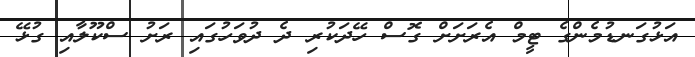
އަޅުގަނޑުމެންގެ ޓީމް އެރަށަށް ގޮސް ހޭދަކުރި ދެ ދުވަހުގައި ރަށު ސްކޫލާއި ގުޅޭ